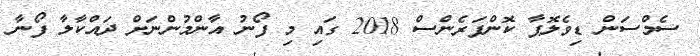
ސެމްސަން ޑިވެލޮޕާ ކޮންފަރެންސް 2018 ގައި މި ފޯނު އާންމުންނަށް ދައްކާލާ ފޯނާ